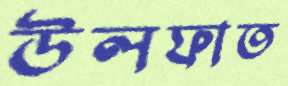
উলফাত